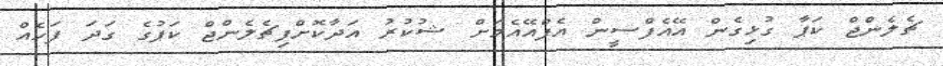
ޗެލެންޖް ކަޕާ ގުޅިގެން އޭއެފްސީން އެފްއޭއެމަށް ޝުކުރު އަދާކޮށްފިޗެލެންޖް ކަޕުގެ ގަދަ ފަހެއް